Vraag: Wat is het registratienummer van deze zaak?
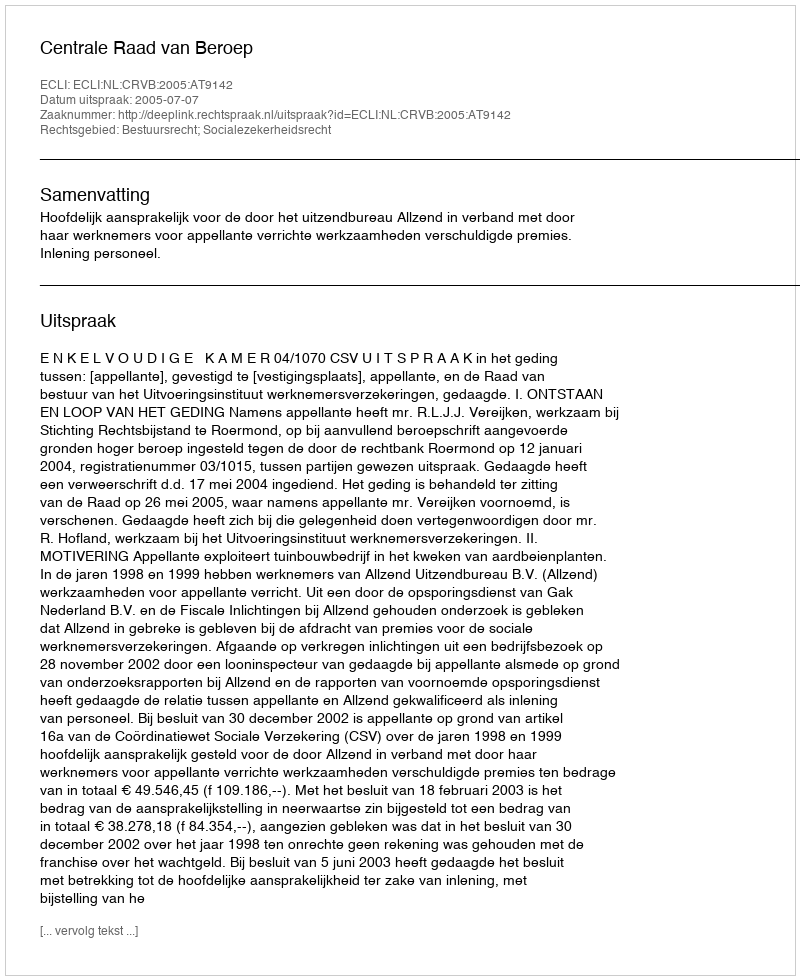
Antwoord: http://deeplink.rechtspraak.nl/uitspraak?id=ECLI:NL:CRVB:2005:AT9142